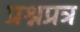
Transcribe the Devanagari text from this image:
प्रश्नप्रत्र